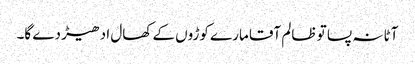
آٹا نہ پسا تو ظالم آقا مارے کوڑوں کے کھال ادھیڑ دے گا۔